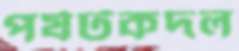
পর্যটকদল